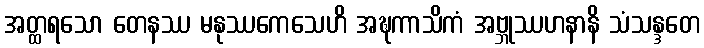
အတ္ထရသော တေနဿ မနုဿကေသေဟိ အဍ္ဎကာသိကံ အဗ္ဘုဿဟနာနိ သံသန္ဒတေ